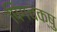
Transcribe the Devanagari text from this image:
पिंगचक्षु